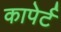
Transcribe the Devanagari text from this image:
कापेर्ट